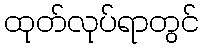
ထုတ်လုပ်ရာတွင်